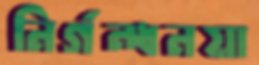
নির্গন্ধনয়া